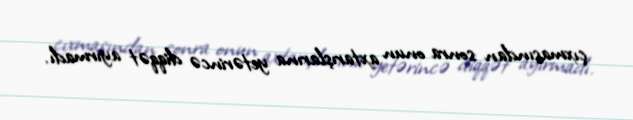
çıxmasından sonra onun axtarışlarına yetərincə diqqət ayırmadı.